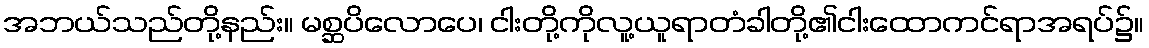
အဘယ်သည်တို့နည်း။ မစ္ဆပိလောပေ၊ ငါးတို့ကိုလူ့ယူရာတံခါတို့၏ငါးထောကင်ရာအရပ်၌။